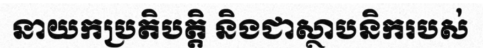
នាយកប្រតិបត្តិ និងជាស្ថាបនិករបស់